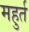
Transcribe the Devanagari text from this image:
महुर्त